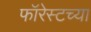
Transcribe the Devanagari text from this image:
फॉरेस्टच्या